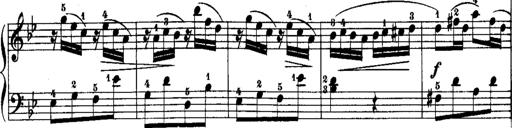
Title: Rondos and Sonatinas for Pianoforte
Composer: Daniel Steibelt